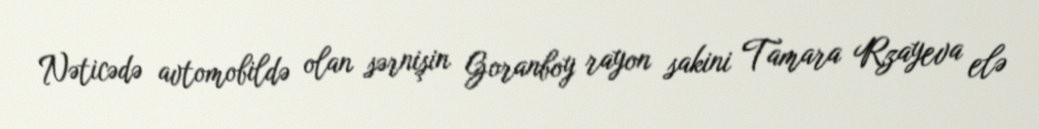
Nəticədə avtomobildə olan sərnişin Goranboy rayon sakini Tamara Rzayeva elə